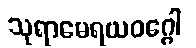
သုရာမေရယဝဂ္ဂေါ